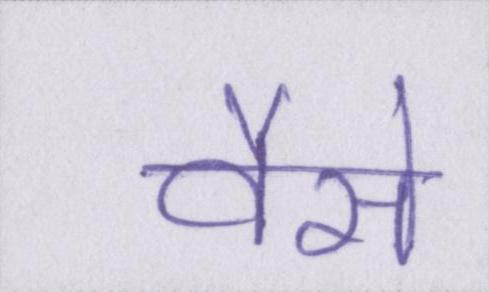
वैसे